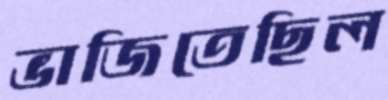
ভাজিতেছিল